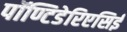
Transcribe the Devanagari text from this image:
पॉण्टिडेरिएसिई